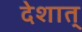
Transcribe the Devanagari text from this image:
देशात्